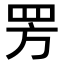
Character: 𬙙